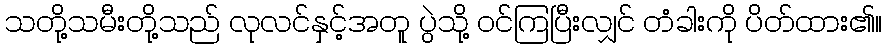
သတို့သမီးတို့သည် လုလင်နှင့်အတူ ပွဲသို့ ဝင်ကြပြီးလျှင် တံခါးကို ပိတ်ထား၏။